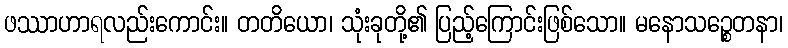
ဖဿာဟာရလည်းကောင်း။ တတိယော၊ သုံးခုတို့၏ ပြည့်ကြောင်းဖြစ်သော။ မနောသဉ္စေတနာ၊